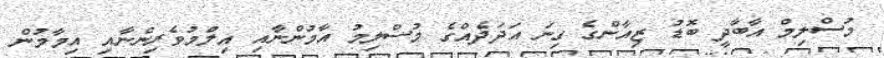
މުސްލިމް އާބާދީ ބޮޑު ޒިއާންގެ ގިނަ އަދަދެއްގެ މުސްލިމު އާމުންނާއި އިލްުމުވެރިންނާއި އިމާމުން